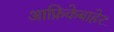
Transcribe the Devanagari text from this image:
आफ्रिकेबाहेर